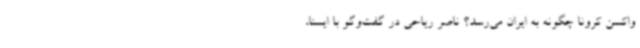
واکسن کرونا چگونه به ایران می‌رسد؟ ناصر ریاحی در گفت‌وگو با ایسنا،